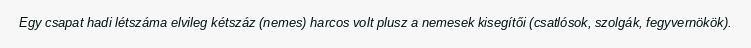
Egy csapat hadi létszáma elvileg kétszáz (nemes) harcos volt plusz a nemesek kisegítői (csatlósok, szolgák, fegyvernökök).